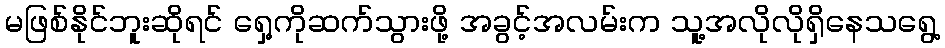
မဖြစ်နိုင်ဘူးဆိုရင် ရှေ့ကိုဆက်သွားဖို့ အခွင့်အလမ်းက သူ့အလိုလိုရှိနေသရွေ့